Sanitation, dispensaries and jails vaccination Rajputana 1922-1927 - 1922-1927
Year: 1922
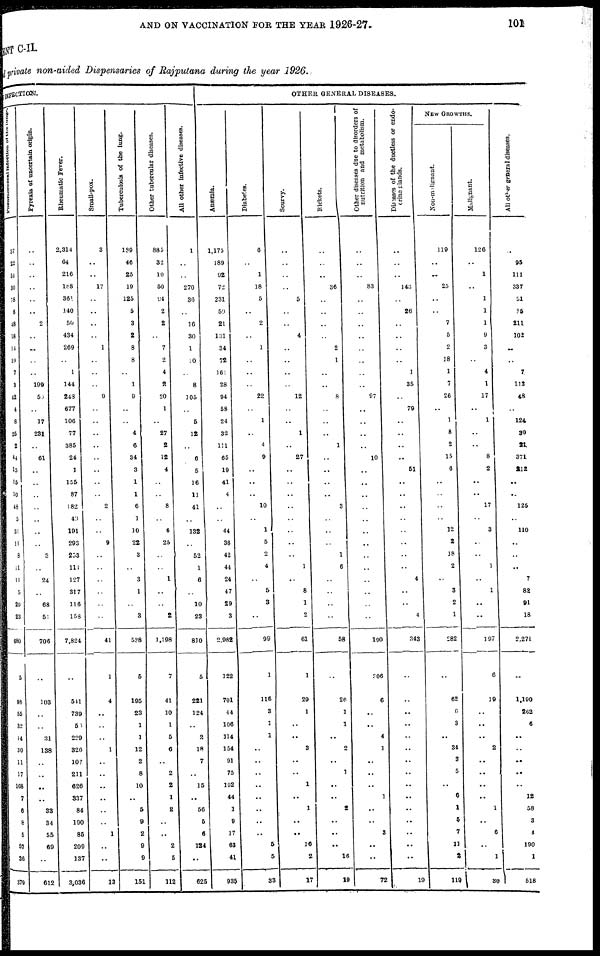
AND ON VACCINATION FOR THE YEAR 1926-27.
101
MENT C-II.
private non-aided Dispensaries of Rajputana during the year 1926.
INFECTION.
Pneumococcal Infection of the lungs.
37
22
51
30
78
6
48
18
14
19
7
3
42
4
8
25
2
44
15
15
10
48
5
31
11
8
11
11
5
29
23
680
5
98
55
32
14
30
11
17
168
7
6
8
5
57
36
379
Pyrexia of uncertain origin.
..
..
..
..
..
..
2
..
..
..
..
199
50
..
17
231
..
61
..
..
..
..
..
..
..
3
..
24
..
68
51
706
..
103
..
..
31
138
..
..
..
..
33
34
55
69
..
612
Rheumatic Fever.
2,314
64
216
188
361
140
50
434
269
..
1
144
248
677
106
77
385
24
1
155
87
182
49
191
293
253
111
127
317
116
158
7,824
..
541
739
50
229
326
107
211
626
337
84
190
85
209
137
3,036
Small-pox.
3
..
..
17
..
..
..
..
1
..
..
..
9
..
..
..
..
..
..
..
..
2
..
..
9
..
..
..
..
..
..
41
1
4
..
..
..
1
..
..
..
..
..
..
1
..
..
13
Tuberculosis of the lung.
189
46
25
19
125
5
3
2
8
8
..
1
9
..
..
4
6
34
3
1
1
6
1
10
22
3
..
3
1
..
3
538
5
195
23
1
1
12
2
8
10
..
5
9
2
9
9
151
Other tubercular diseases.
885
32
10
50
94
2
2
..
7
2
4
2
20
1
..
27
2
12
4
..
..
8
..
6
25
..
..
1
..
..
2
1,198
7
41
10
1
5
6
..
2
2
1
2
..
..
2
5
112
All other infective diseases.
1
..
..
270
36
..
16
30
1
10
..
8
105
..
5
12
..
6
5
16
11
41
..
132
..
52
1
6
..
10
23
810
5
221
124
..
2
18
7
..
15
..
56
5
6
134
..
625
OTHER GENERAL DISEASES.
Anæmia.
1,175
189
92
72
231
59
21
131
34
72
161
28
94
53
24
32
111
65
19
41
4
..
..
44
36
42
44
24
47
29
3
2,982
122
701
44
106
114
154
91
75
192
44
1
9
17
63
41
935
Diabetes.
6
..
1
18
5
..
2
..
1
..
..
..
22
..
1
..
4
9
..
..
..
10
..
1
5
2
4
..
5
3
..
99
1
116
3
1
1
..
..
..
..
..
..
..
..
5
5
33
Scurvy.
..
..
..
..
5
..
..
4
..
..
..
..
12
..
..
1
..
27
..
..
..
..
..
..
..
..
1
..
8
1
2
61
1
29
1
..
..
3
..
..
1
..
1
..
..
16
2
17
Rickets.
..
..
..
36
..
..
..
..
2
1
..
..
8
..
..
..
1
..
..
..
..
3
..
..
..
1
6
..
..
..
..
58
..
26
1
1
..
2
..
1
..
..
2
..
..
..
16
19
Other diseases due to disorders of
nutrition and metabolism.
..
..
..
83
..
..
..
..
..
..
..
..
97
..
..
..
..
10
..
..
..
..
..
..
..
..
..
..
..
..
..
190
306
6
..
..
4
1
..
..
..
1
..
..
3
..
..
72
Diseases of the ductless or endo¬
crine glands.
..
..
..
143
..
26
..
..
..
..
1
35
..
79
..
..
..
..
51
..
..
..
..
..
..
..
..
4
..
..
4
343
..
..
..
..
..
..
..
..
..
..
..
..
..
..
..
19
NEW GROWTHS.
Non-malignant.
119
..
..
25
..
..
7
5
2
18
1
7
26
..
1
8
2
15
6
..
..
..
..
12
2
18
2
..
3
2
1
282
..
62
6
3
..
34
3
5
..
6
1
5
7
11
2
119
Malignant.
126
..
1
..
1
1
1
9
3
..
4
1
17
..
1
..
..
8
2
..
..
17
..
3
..
..
1
..
1
..
..
197
6
19
..
..
..
2
..
..
..
..
1
..
6
..
1
30
All other general diseases.
..
95
111
337
51
15
211
102
..
..
7
113
48
..
124
30
21
371
212
..
..
125
..
110
..
..
..
7
82
91
18
2,271
..
1,190
262
6
..
..
..
..
..
12
58
3
4
190
1
518